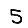
Digit: 5